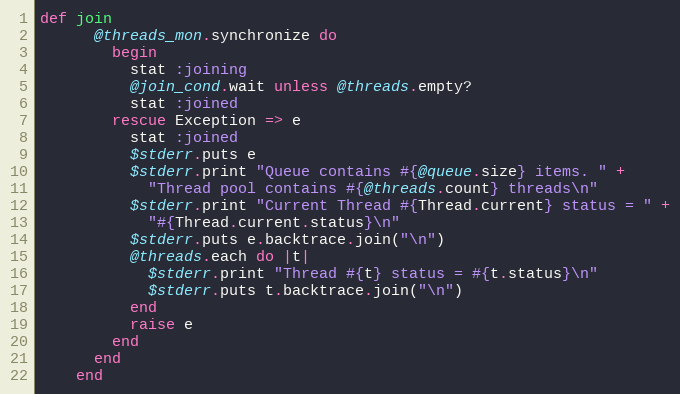
Language: Ruby
def join
      @threads_mon.synchronize do
        begin
          stat :joining
          @join_cond.wait unless @threads.empty?
          stat :joined
        rescue Exception => e
          stat :joined
          $stderr.puts e
          $stderr.print "Queue contains #{@queue.size} items. " +
            "Thread pool contains #{@threads.count} threads\n"
          $stderr.print "Current Thread #{Thread.current} status = " +
            "#{Thread.current.status}\n"
          $stderr.puts e.backtrace.join("\n")
          @threads.each do |t|
            $stderr.print "Thread #{t} status = #{t.status}\n"
            $stderr.puts t.backtrace.join("\n")
          end
          raise e
        end
      end
    end